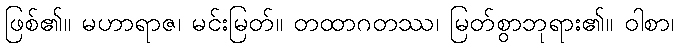
ဖြစ်၏။ မဟာရာဇ၊ မင်းမြတ်။ တထာဂတဿ၊ မြတ်စွာဘုရား၏။ ဝါစာ၊